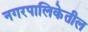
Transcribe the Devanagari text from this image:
नगरपालिकेतील